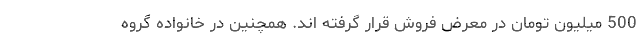
500 میلیون تومان در معرض فروش قرار گرفته اند. همچنین در خانواده گروه